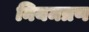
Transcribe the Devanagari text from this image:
नियमत्रण